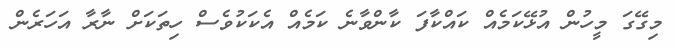
މިގޭގަ މީހުން އުޅޭކަމެއް ކައްކާފަ ކާންވާނެ ކަމެއް އެކަކުވެސް ހިތަކަށް ނާރާ އަހަރެން